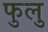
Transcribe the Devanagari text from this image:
फुलु